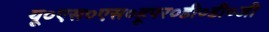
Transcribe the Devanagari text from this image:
यू०एस०एस०हूपर०डी०डी०जी